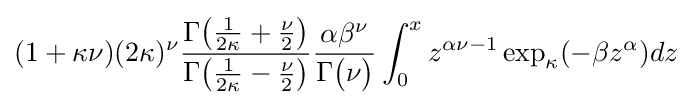
(1+\kappa \nu )(2\kappa )^{\nu }{\frac {\Gamma {\big (}{\frac {1}{2\kappa }}+{\frac {\nu }{2}}{\big )}}{\Gamma {\big (}{\frac {1}{2\kappa }}-{\frac {\nu }{2}}{\big )}}}{\frac {\alpha \beta ^{\nu }}{\Gamma {\big (}\nu {\big )}}}\int _{0}^{x}z^{\alpha \nu -1}\exp _{\kappa }(-\beta z^{\alpha })dz